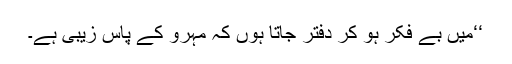
‘‘میں بے فکر ہو کر دفتر جاتا ہوں کہ مہرو کے پاس زیبی ہے۔